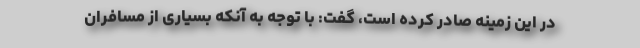
در این زمینه صادر کرده است، گفت: با توجه به آنکه بسیاری از مسافران